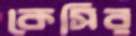
কেসির